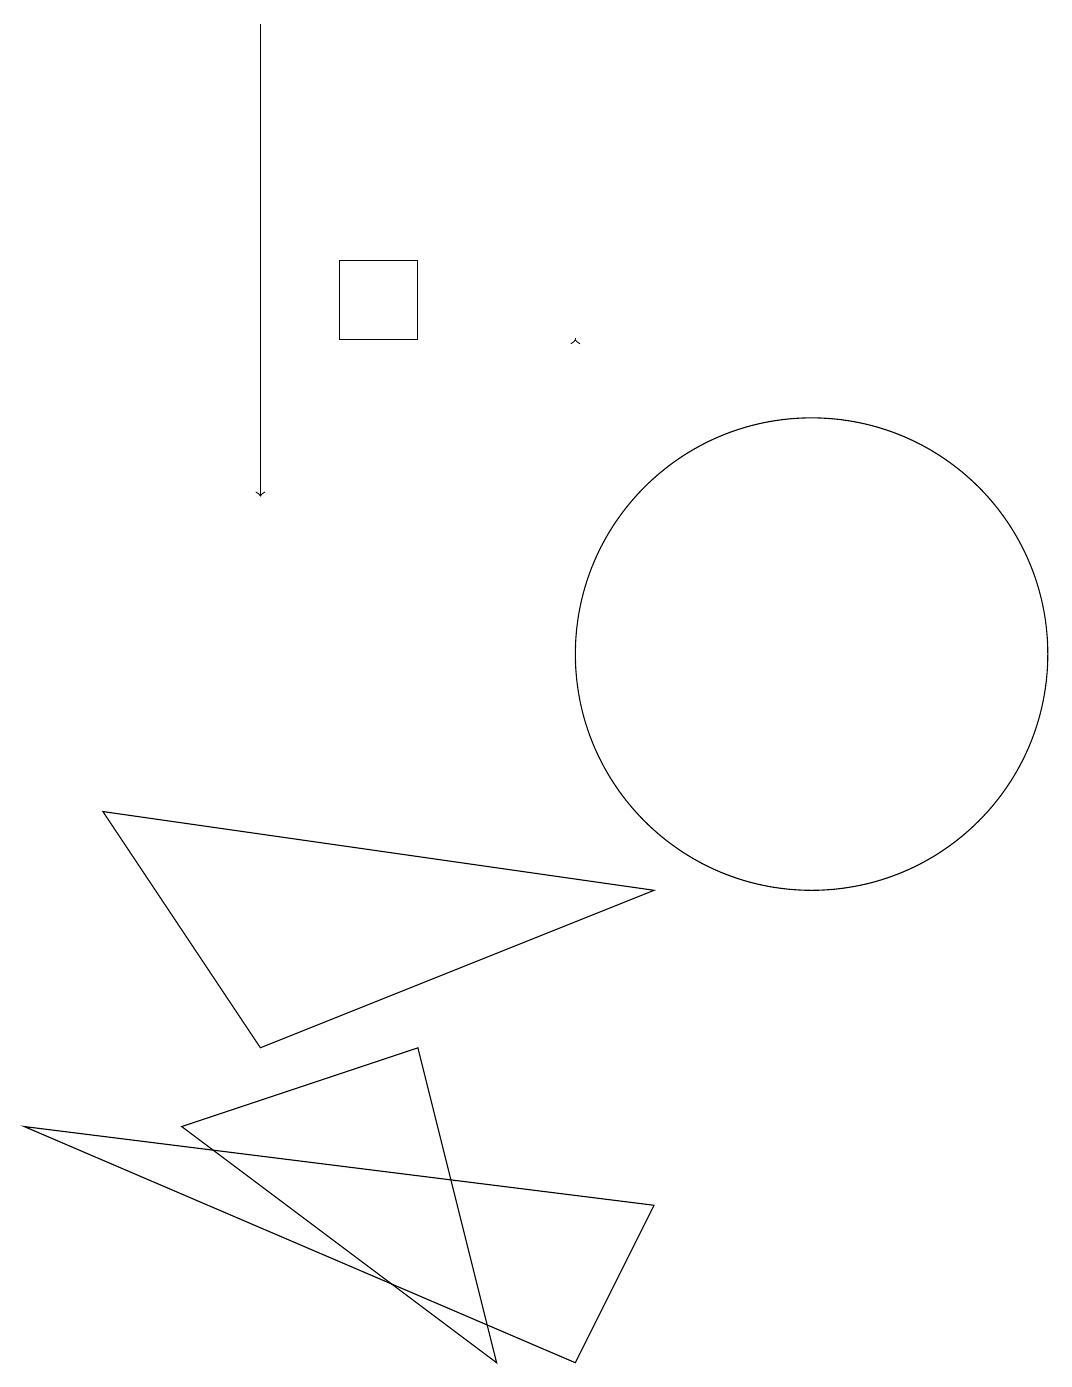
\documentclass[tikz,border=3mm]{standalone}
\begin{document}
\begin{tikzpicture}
\draw (6,2) -- (5,6) -- (2,5) -- cycle;
\draw[->] (7,15) -- (7,15);
\draw (0,5) -- (7,2) -- (8,4) -- cycle;
\draw (5,16) rectangle (4,15);
\draw (10,11) circle (3);
\draw[->] (3,19) -- (3,13);
\draw (6,11) rectangle (6,11);
\draw (1,9) -- (3,6) -- (8,8) -- cycle;
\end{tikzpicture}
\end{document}